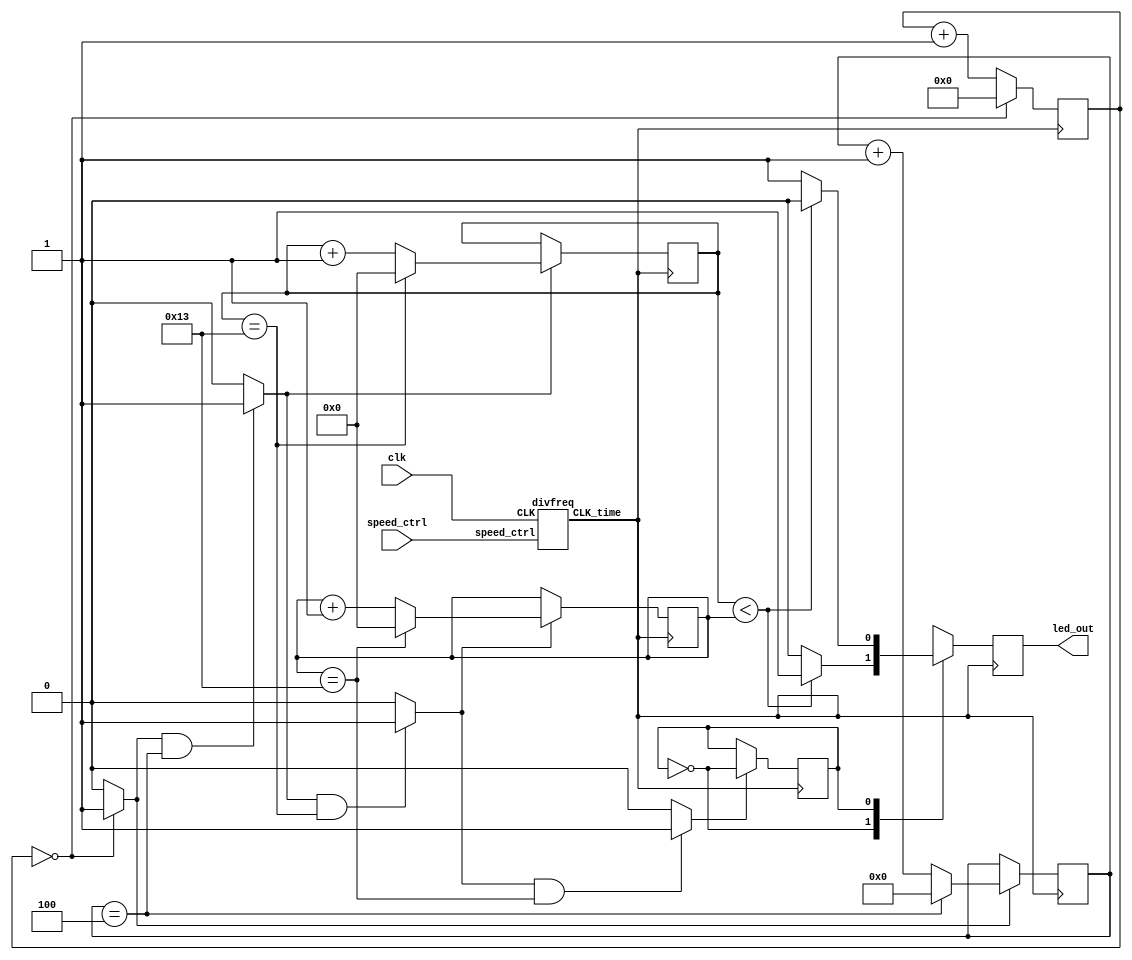
`timescale 1ns/10ps
module PWM_Generator_Verilog(
    input           clk,
	 input			  speed_ctrl,
    output          led_out
);

	parameter   DELAY1 = 1;
	parameter   DELAY2 = 5;
	parameter   DELAY3 = 20;
	parameter   DELAY4 = 20;


	wire           delay_1, delay_2, delay_3, delay_4;
	reg            pwm;
	reg     [4:0]	cnt1;
	reg     [6:0]  cnt2;
	reg     [8:0]  cnt3;
	reg     [8:0]  cnt4;
	reg            display_state;
	
	
	divfreq D1(.CLK(clk), .speed_ctrl(speed_ctrl), .CLK_time(clk_div));


	//1
	always @(posedge clk_div)begin
		 if(cnt1 == DELAY1 - 1'b1)
			  cnt1 <= 4'b0;
		 else 
			  cnt1 <= cnt1 + 1'b1;
	end

	assign delay_1 = (cnt1 == DELAY1 - 1'b1)? 1'b1:1'b0;

	// print state
	assign print_delay_1 = delay_1;


	//2
	always @(posedge clk_div)begin
		 if(delay_1 == 1'b1)begin
			  if(cnt2 == DELAY2 - 1'b1)    
					cnt2 <= 6'b0;
			  else 
					cnt2 <= cnt2 + 1'b1;
		 end
		 else 
			  cnt2 <= cnt2;
	end
	assign delay_2 = ((delay_1 == 1'b1) && (cnt2 == DELAY2 - 1'b1))? 1'b1:1'b0;

	// print state
	assign print_delay_2 = delay_2;

		
	//3
	always @(posedge clk_div)begin
		 if(delay_2)
		 begin
				if(cnt3 == DELAY3 - 1'b1)
					cnt3 <= 8'b0;
			  else 
					cnt3 <= cnt3 + 1'b1;
		  end
		 else 
			  cnt3 <= cnt3;    
	end

	assign delay_3 = ((delay_2 == 1'b1) && (cnt3 == DELAY3 - 1'b1))? 1'b1:1'b0;

	// print state
	assign print_delay_3 = delay_3;
	
	
	//4
	always @(posedge clk_div)begin
		 if(delay_3)
		 begin
				if(cnt4 == DELAY4 - 1'b1)
					cnt4 <= 8'b0;
			  else 
					cnt4 <= cnt4 + 1'b1;
		  end
		 else 
			  cnt4 <= cnt4;    
	end

	assign delay_4 = ((delay_3 == 1'b1) && (cnt4 == DELAY4 - 1'b1))? 1'b1:1'b0;

	// print state
	assign print_delay_4 = delay_4;
	
	

	//state change
	always @(posedge clk_div)begin
		 if(delay_4)	//led
			  display_state <= ~display_state;
		 else 
			  display_state <= display_state;
	end

	//pwm
	always @(posedge clk_div)begin
		 case(display_state)
				1'b0: pwm <= (cnt3 < cnt4)? 1'b1:1'b0;
				1'b1: pwm <= (cnt3 < cnt4)? 1'b0:1'b1;
				default: pwm <= pwm;
		 endcase
	end

	assign led_out = pwm;

endmodule 

module divfreq(input CLK, input speed_ctrl, output reg CLK_time);
	
	reg	[25:0]	Count;
	reg 	[14:0]		sp;
	
	always@ (posedge CLK or negedge speed_ctrl) begin
		if (!speed_ctrl) sp = 15'd5000;
		else sp = 15'd2500;
	end
		
	always @(posedge CLK) begin
		if(Count > sp) begin
			// 5000
			// 25000000 1HZ
			Count <= 25'b0;
			CLK_time <= ~CLK_time;
		end
		else
			Count <= Count + 1'b1;
	end
endmodule